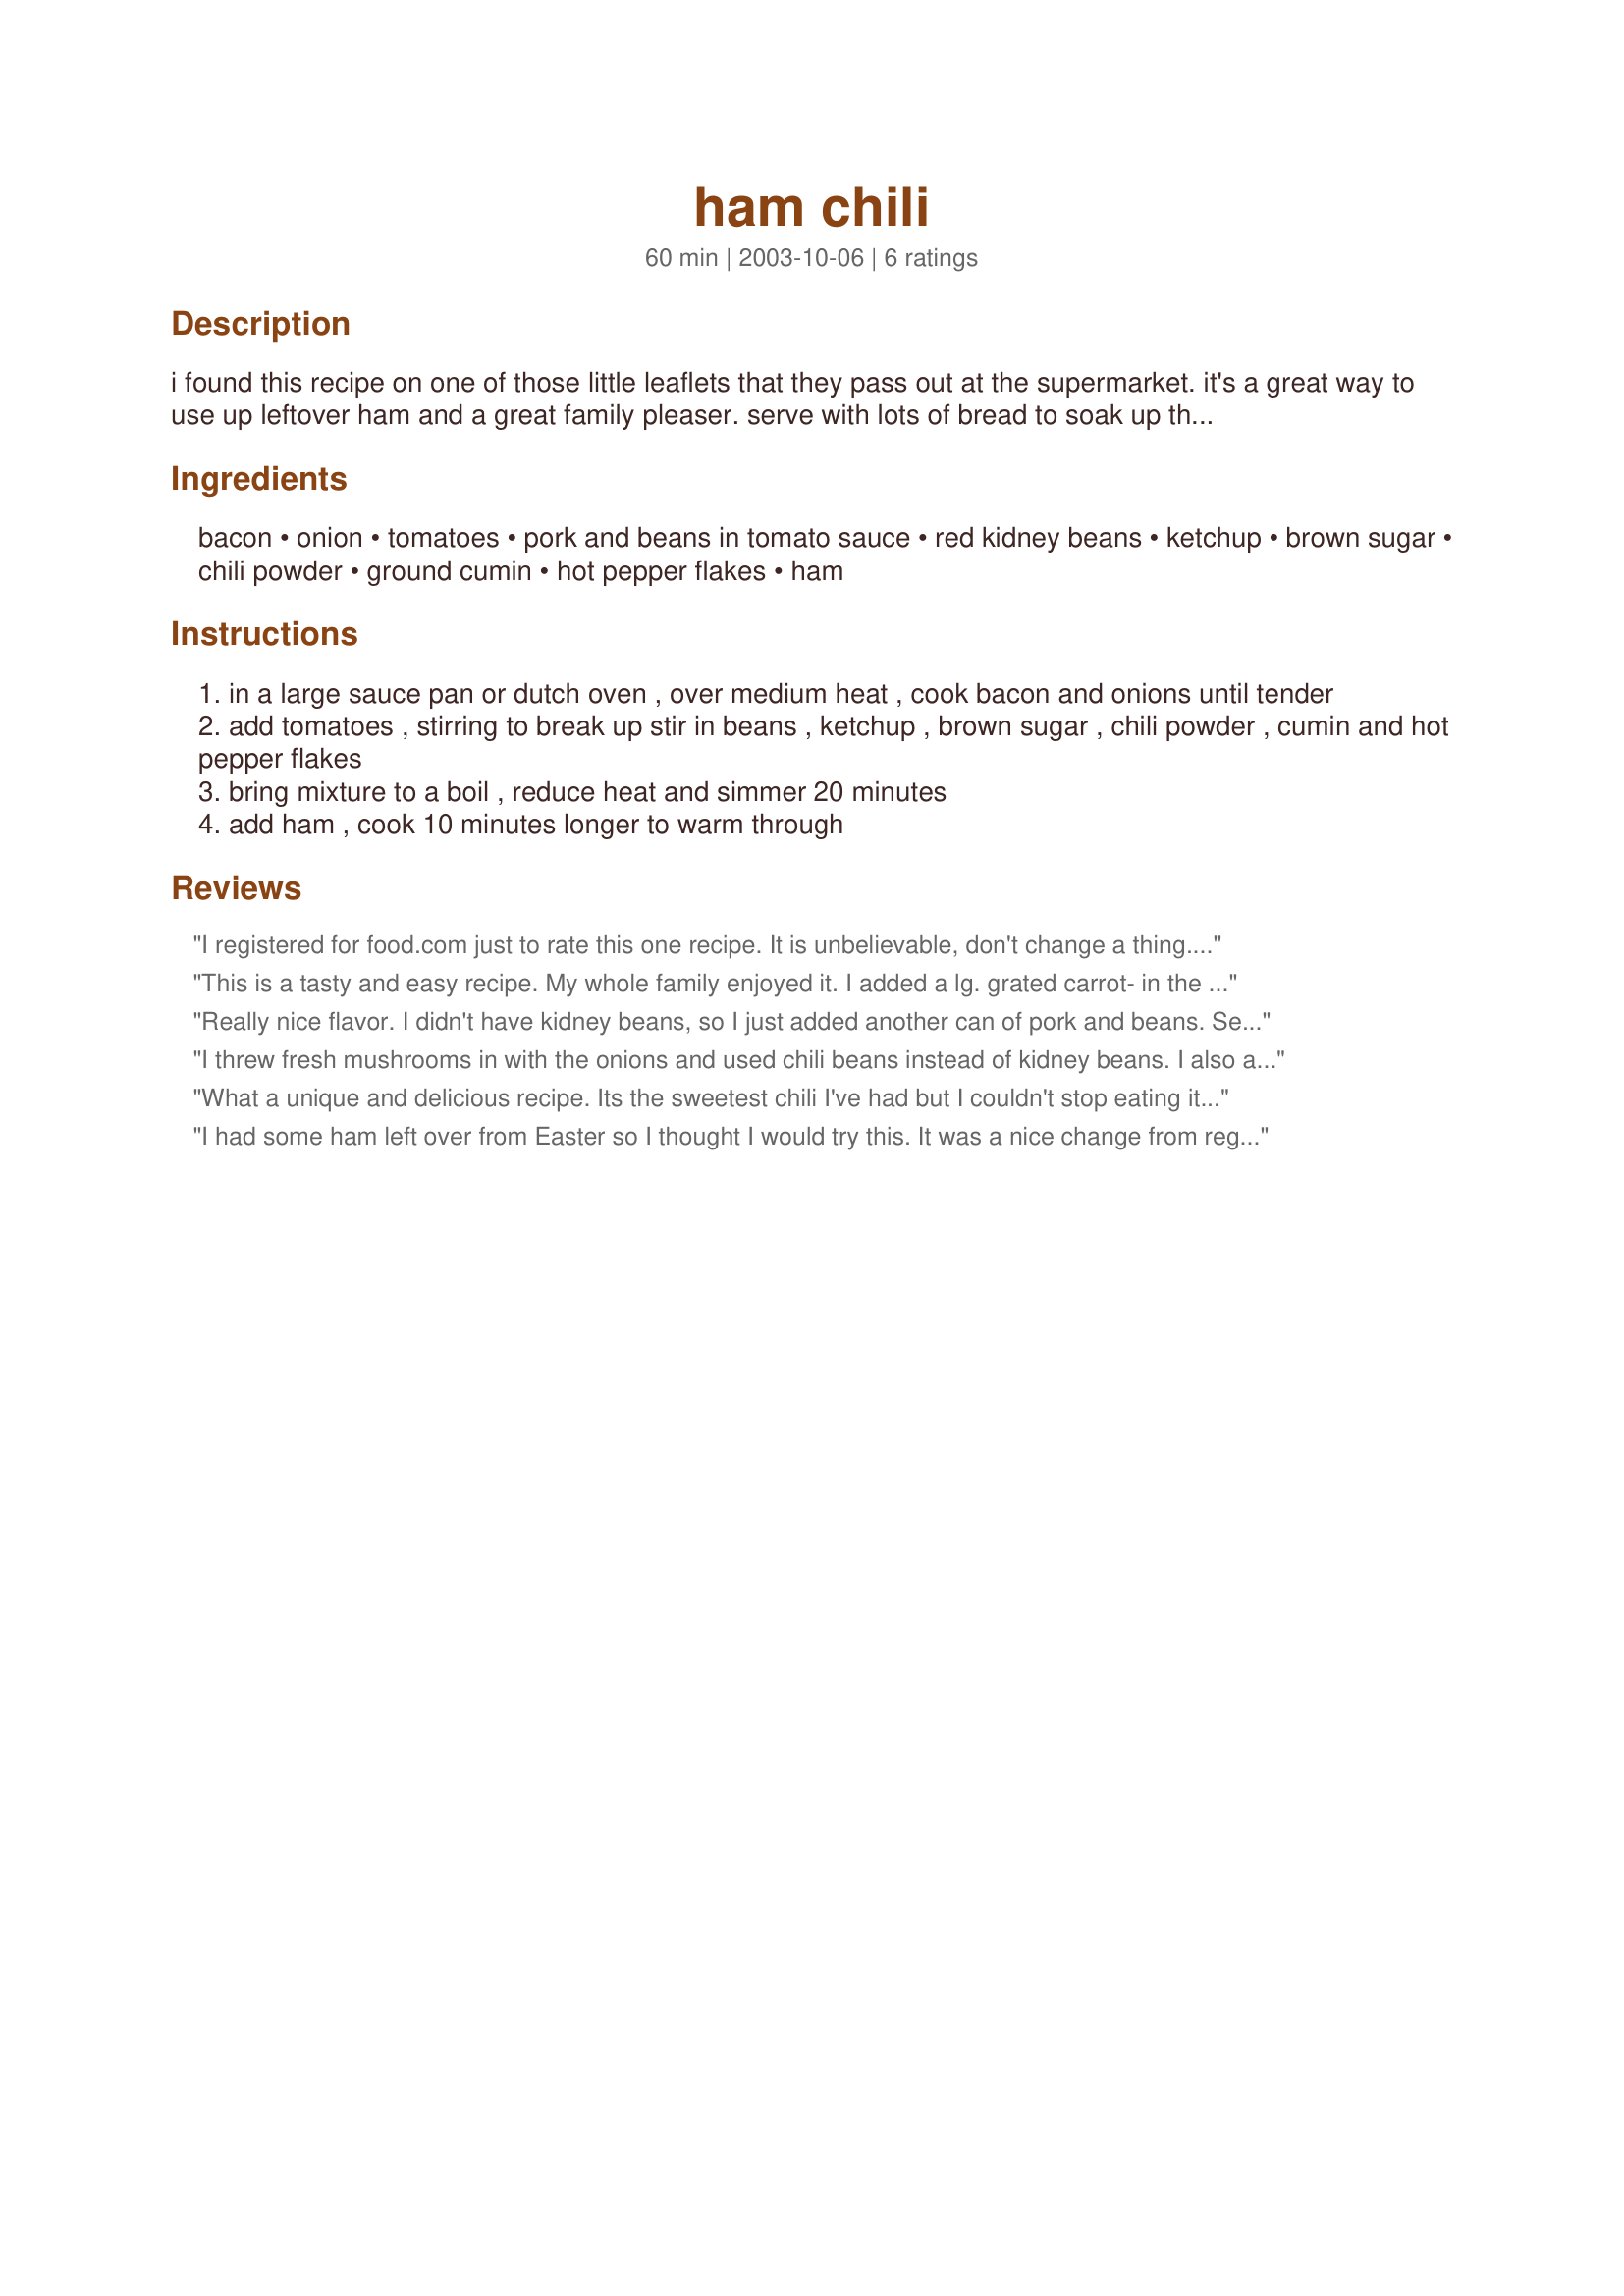
ham chili
Preparation time: 60 minutes

i found this recipe on one of those little leaflets that they pass out at the supermarket. it's a great way to use up leftover ham and a great family pleaser. serve with lots of bread to soak up the sauce.

Ingredients:
bacon, onion, tomatoes, pork and beans in tomato sauce, red kidney beans, ketchup, brown sugar, chili powder, ground cumin, hot pepper flakes, ham

Steps:
in a large sauce pan or dutch oven , over medium heat , cook bacon and onions until tender
add tomatoes , stirring to break up stir in beans , ketchup , brown sugar , chili powder , cumin and hot pepper flakes
bring mixture to a boil , reduce heat and simmer 20 minutes
add ham , cook 10 minutes longer to warm through

Reviews:
I registered for food.com just to rate this one recipe. It is unbelievable, don't change a thing. I won my company's chili-cook off today and had to send the recipe out to everyone who tasted it because they want to make it this weekend at their Halloween parties. Everyone has been talking about it all afternoon. Thank you from the bottom of all our stomachs!! And thanks for making me a rockstar for the day!!
This is a tasty and easy recipe. My whole family enjoyed it. I added a lg. grated carrot- in the pan with the onion and some frozen corn with the ham.(always trying to get at least 5 a day veggies in!) I served it with diced raw onions and cilantro. Definately having this again! Thanks!
Really nice flavor. I didn't have kidney beans, so I just added another can of pork and beans. Served with some shredded cheese on top. Next time I'll add some chopped onions and maybe some sour cream to the condiment choice. :)
I threw fresh mushrooms in with the onions and used chili beans instead of kidney beans. I also added a tablespoon of mustard to give it more of a sweet and sour taste, because without the mustard it was just too sweet. A great way to use up Easter ham!
What a unique and delicious recipe. Its the sweetest chili I've had but I couldn't stop eating it. Definitely a keeper. I added a can of corn for more veggies
I had some ham left over from Easter so I thought I would try this. It was a nice change from regular chili and so easy to put together. Thanks Irmgard.
